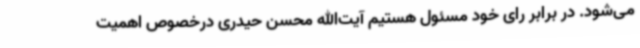
می‌شود. در برابر رای خود مسئول هستیم آیت‌الله محسن حیدری درخصوص اهمیت